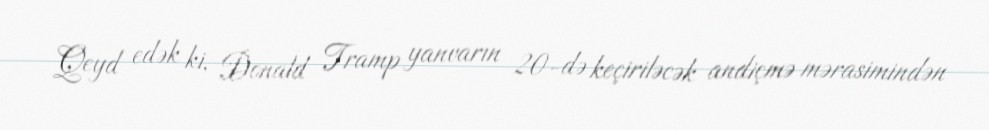
Qeyd edək ki, Donald Tramp yanvarın 20-də keçiriləcək andiçmə mərasimindən